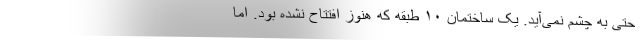
حتی به چشم نمی‌آید. یک ساختمان ۱۰ طبقه که هنوز افتتاح نشده بود. اما